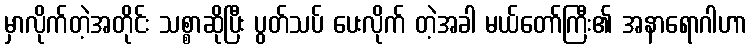
မှာလိုက်တဲ့အတိုင်း သစ္စာဆိုပြီး ပွတ်သပ် ပေးလိုက် တဲ့အခါ မယ်တော်ကြီး၏ အနာရောဂါဟာ